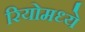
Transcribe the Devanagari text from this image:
रियोमध्ये